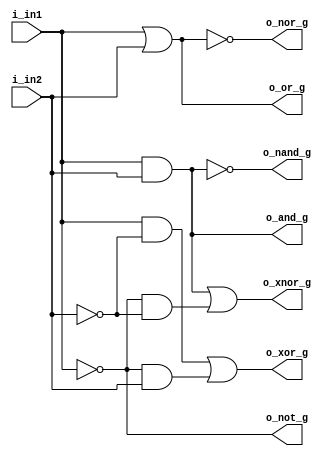
module uni_gates(i_in1, 
                 i_in2, 
                 o_not_g, 
                 o_or_g, 
                 o_and_g, 
                 o_nor_g, 
                 o_nand_g, 
                 o_xor_g, 
                 o_xnor_g);

  input   i_in1;
  input   i_in2;
  output  o_not_g;
  output  o_or_g;
  output  o_and_g;
  output  o_nor_g;
  output  o_nand_g;
  output  o_xor_g;
  output  o_xnor_g;
  
  assign o_not_g    = ~(i_in1);
  assign o_or_g     = (i_in1 | i_in2);
  assign o_and_g    = (i_in1 & i_in2);
  assign o_nor_g    = ~(i_in1 | i_in2);
  assign o_nand_g 	 = ~(i_in1 & i_in2);
  assign o_xor_g  	 = ((i_in1 & ~(i_in2)) | (~(i_in1) & i_in2));
  assign o_xnor_g   = ((i_in1 & i_in2) | (~(i_in1) & ~(i_in2)));

endmodule